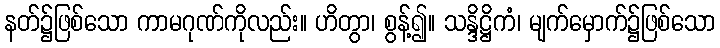
နတ်၌ဖြစ်သော ကာမဂုဏ်ကိုလည်း။ ဟိတွာ၊ စွန့်၍။ သန္ဒိဋ္ဌိကံ၊ မျက်မှောက်၌ဖြစ်သော